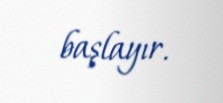
başlayır.